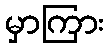
မှာကြား